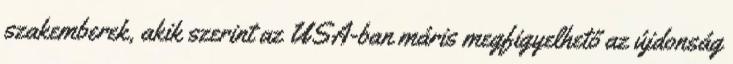
szakemberek, akik szerint az USA-ban máris megfigyelhető az újdonság